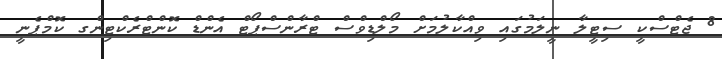
8 ޖެޓްސްކީ ސިޓީލާ ނީލަމުގައި ވިއްކާލުމަށް މޯލްޑިވްސް ޓްރާންސްޕޯޓް އެންޑް ކޮންޓްރެކްޓިންގ ކޮމްޕެނީ